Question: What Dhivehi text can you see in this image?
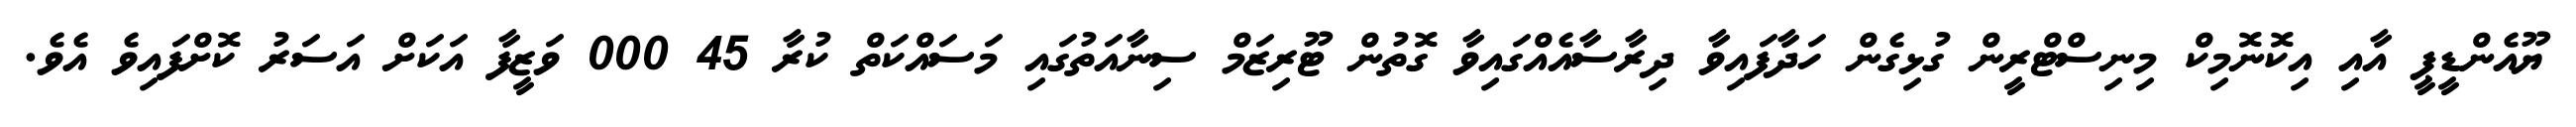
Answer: ޔޫއެންޑީޕީ އާއި އިކޮނޮމިކް މިނިސްޓްރީން ގުޅިގެން ހަދާފައިވާ ދިރާސާއެއްގައިވާ ގޮތުން ޓޫރިޒަމް ސިނާއަތުގައި މަސައްކަތް ކުރާ 45 000 ވަޒީފާ އަކަށް އަސަރު ކޮށްފައިވެ އެވެ.